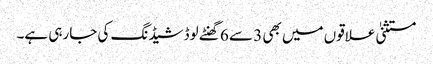
مستثنیٰ علاقوں میں بھی 3 سے 6 گھنٹے لوڈشیڈنگ کی جارہی ہے۔